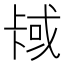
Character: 𫧳